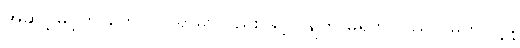
အဆင့်မြှင့်တာတွေ လုပ်ရာမှာလည်း ခွင့်ပြုချက် မရဘဲ ပြည်ပ မတင်ပို့ဖို့